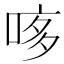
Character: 𠴽